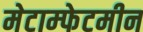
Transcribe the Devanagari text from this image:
मेटाम्फेटमीन